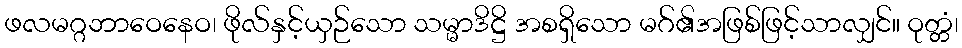
ဖလမဂ္ဂဘာဝေနေဝ၊ ဖိုလ်နှင့်ယှဉ်သော သမ္မာဒိဋ္ဌိ အစရှိသော မဂ်၏အဖြစ်ဖြင့်သာလျှင်။ ဝုတ္တံ၊